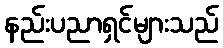
နည်းပညာရှင်များသည်